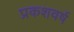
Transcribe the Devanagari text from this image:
प्रकशवर्ष